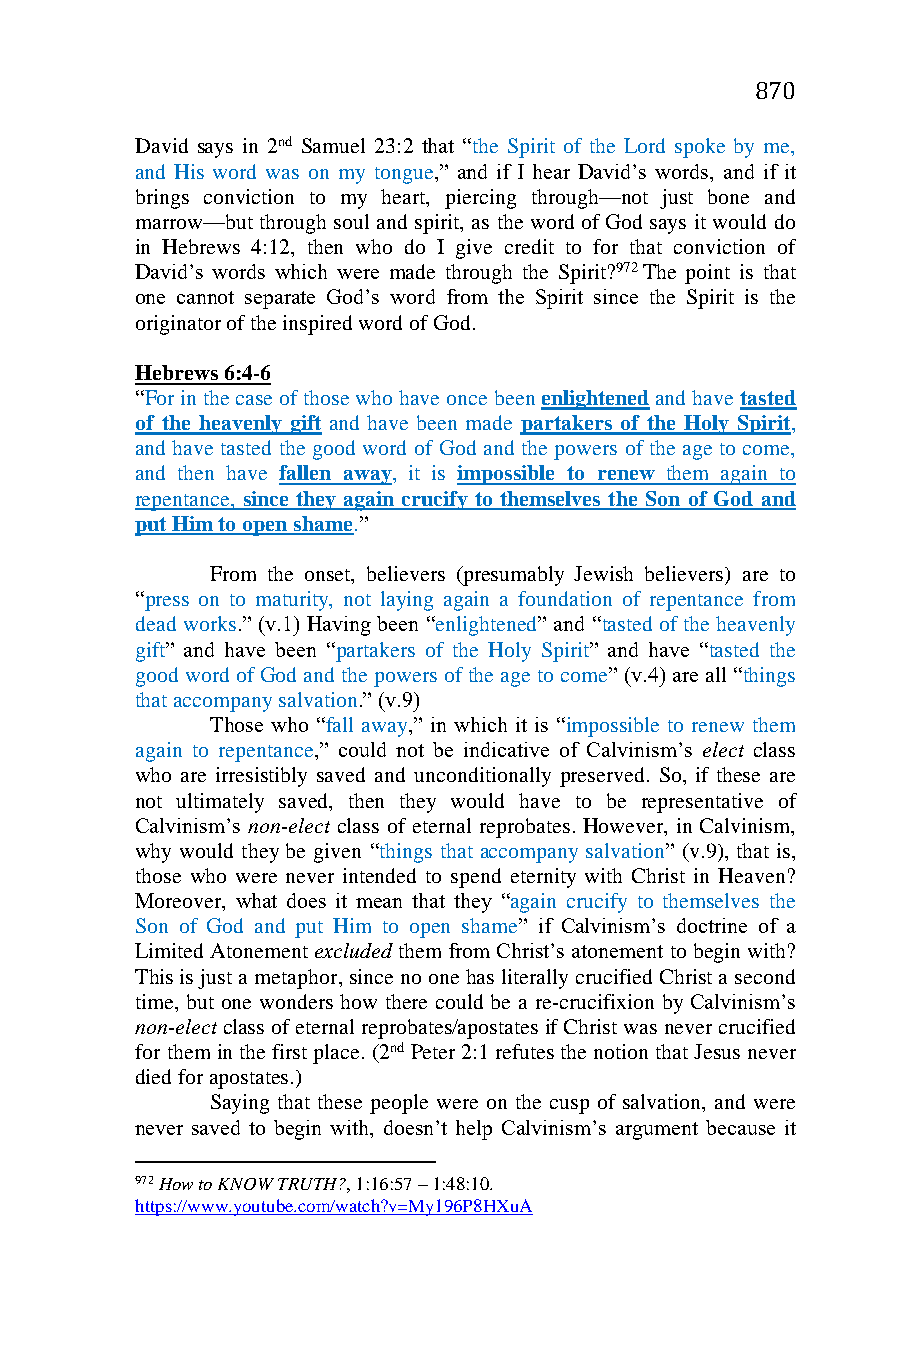
870
 David says in 2nd Samuel 23:2 that “the Spirit of the Lord spoke by me,
 and His word was on my tongue,” and if I hear David’s words, and if it
 brings conviction to my heart, piercing through—not just bone and
 marrow—but through soul and spirit, as the word of God says it would do
 in Hebrews 4:12, then who do I give credit to for that conviction of
 David’s words which were made through the Spirit?972 The point is that
 one cannot separate God’s word from the Spirit since the Spirit is the
 originator of the inspired word of God.
 Hebrews 6:4-6
 “For in the case of those who have once been enlightened and have tasted
 of the heavenly gift and have been made partakers of the Holy Spirit,
 and have tasted the good word of God and the powers of the age to come,
 and then have fallen away, it is impossible to renew them again to
 repentance, since they again crucify to themselves the Son of God and
 put Him to open shame.”
 From the onset, believers (presumably Jewish believers) are to
 “press on to maturity, not laying again a foundation of repentance from
 dead works.” (v.1) Having been “enlightened” and “tasted of the heavenly
 gift” and have been “partakers of the Holy Spirit” and have “tasted the
 good word of God and the powers of the age to come” (v.4) are all “things
 that accompany salvation.” (v.9)
 Those who “fall away,” in which it is “impossible to renew them
 again to repentance,” could not be indicative of Calvinism’s elect class
 who are irresistibly saved and unconditionally preserved. So, if these are
 not ultimately saved, then they would have to be representative of
 Calvinism’s non-elect class of eternal reprobates. However, in Calvinism,
 why would they be given “things that accompany salvation” (v.9), that is,
 those who were never intended to spend eternity with Christ in Heaven?
 Moreover, what does it mean that they “again crucify to themselves the
 Son of God and put Him to open shame” if Calvinism’s doctrine of a
 Limited Atonement excluded them from Christ’s atonement to begin with?
 This is just a metaphor, since no one has literally crucified Christ a second
 time, but one wonders how there could be a re-crucifixion by Calvinism’s
 non-elect class of eternal reprobates/apostates if Christ was never crucified
 for them in the first place. (2nd Peter 2:1 refutes the notion that Jesus never
 died for apostates.)
 Saying that these people were on the cusp of salvation, and were
 never saved to begin with, doesn’t help Calvinism’s argument because it
 972 How to KNOW TRUTH?, 1:16:57 – 1:48:10.
 https://www.youtube.com/watch?v=My196P8HXuA